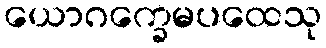
ယောဂက္ခေမပထေသု